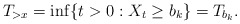
\begin{align*}T_{>x}=\inf\{t>0: X_t\geq b_k\}=T_{b_k}. \end{align*}